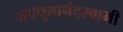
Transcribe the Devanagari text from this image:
अवधूतानंदस्वामी